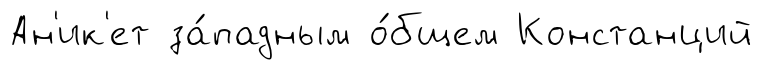
Ан'ик'ет за́падным о́бщем Констанций